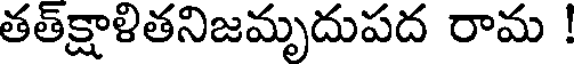
తత్క్షాళితనిజమృదుపద రామ !